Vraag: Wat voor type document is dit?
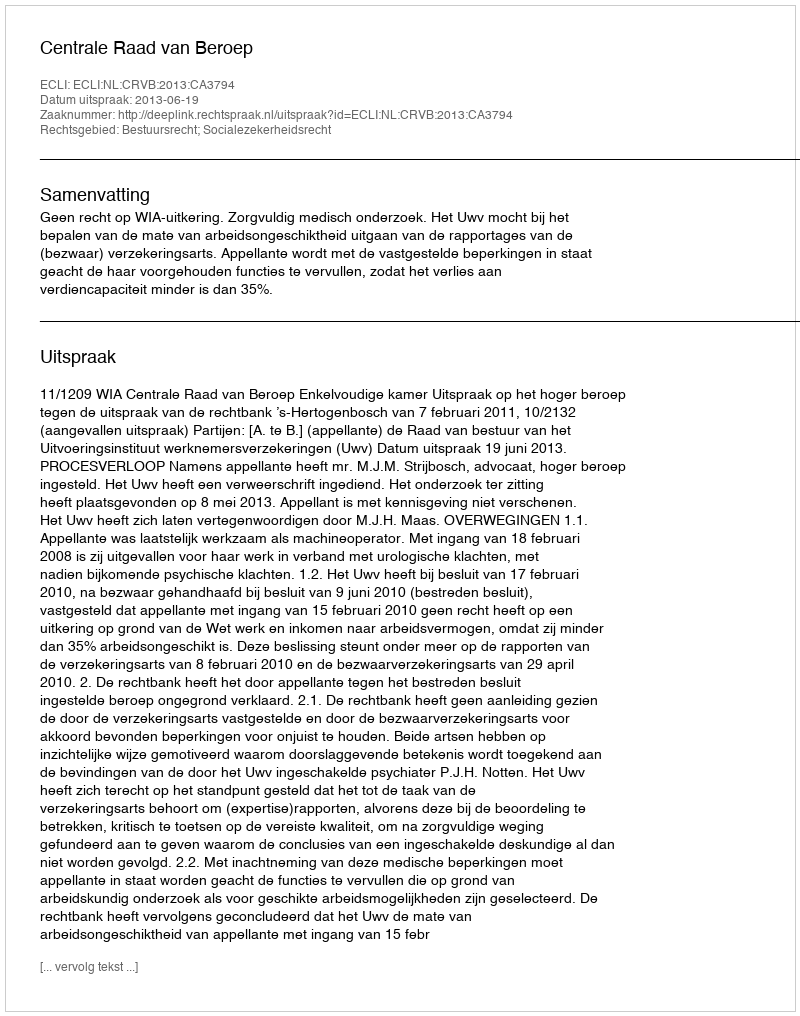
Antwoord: Uitspraak